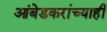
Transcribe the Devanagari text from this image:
आंबेडकरांच्याही